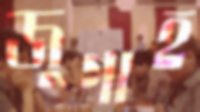
জুগাহ